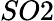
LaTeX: SO2